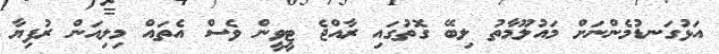
އަޅުގަނޑުމެންނަށް މައުލޫމާތު ލިބޭ ގޮތުގައި ރާއްޖެ ޓީވީން ވެސް އެތައް މިލިއަން ރުފިޔާ